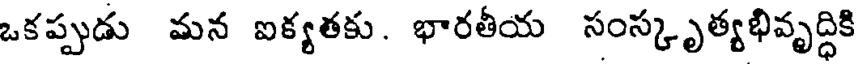
ఒకప్పుడు మన ఐక్యతకు. భారతీయ సంస్కృత్యభివృద్ధికి